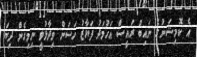
އެ ކޮމިޝަނުގެ ނައިބު ރައީސް އަހުމަދު ފަޔާޒު ހަސަން ވިދާޅުވީ ނިމިގެން ދިޔަ